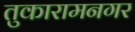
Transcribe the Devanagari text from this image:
तुकारामनगर